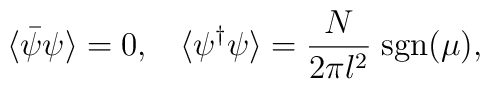
\langle\bar{\psi}\psi\rangle = 0,\;\;\;  \langle\psi^\dagger \psi\rangle =    \frac{N}{2\pi l^2}\;{\rm sgn}(\mu),